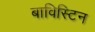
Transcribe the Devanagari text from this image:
बाविस्टिन